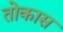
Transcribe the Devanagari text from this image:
तोकास